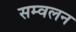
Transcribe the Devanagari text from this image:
सम्वलन